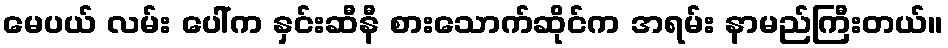
မေပယ် လမ်း ပေါ်က နှင်းဆီနီ စားသောက်ဆိုင်က အရမ်း နာမည်ကြီးတယ်။